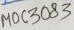
Text: MOC3083